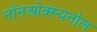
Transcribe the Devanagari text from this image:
नॉनओक्स्यनोल